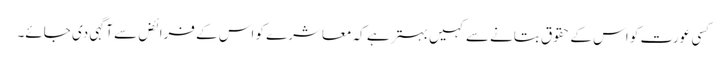
کسی عورت کو اس کے حقوق بتانے سے کہیں بہتر ہے کہ معاشرے کو اس کے فرائض سے آگہی دی جائے۔